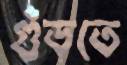
গুঁড়তে